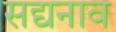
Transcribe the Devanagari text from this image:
सद्यनाव